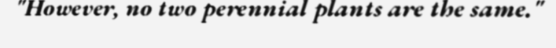
"However, no two perennial plants are the same."